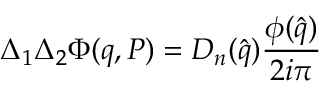
\Delta _ { 1 } \Delta _ { 2 } \Phi ( q , P ) = D _ { n } ( { \hat { q } } ) \frac { \phi ( { \hat { q } } ) } { 2 i \pi }